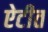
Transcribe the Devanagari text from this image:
ऐटीत